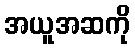
အယူအဆကို